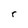
Character: r